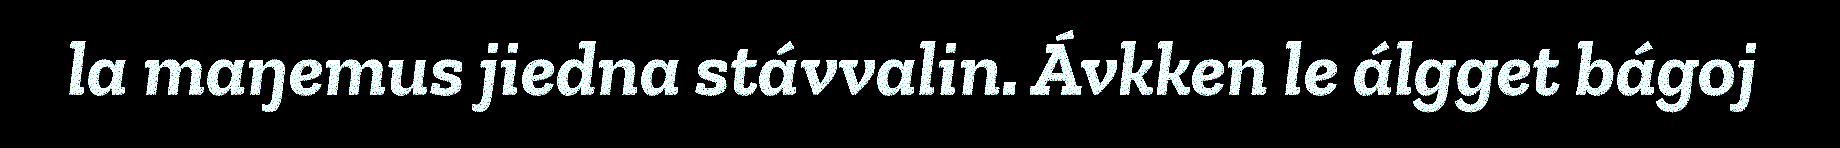
la maŋemus jiedna stávvalin. Ávkken le álgget bágoj